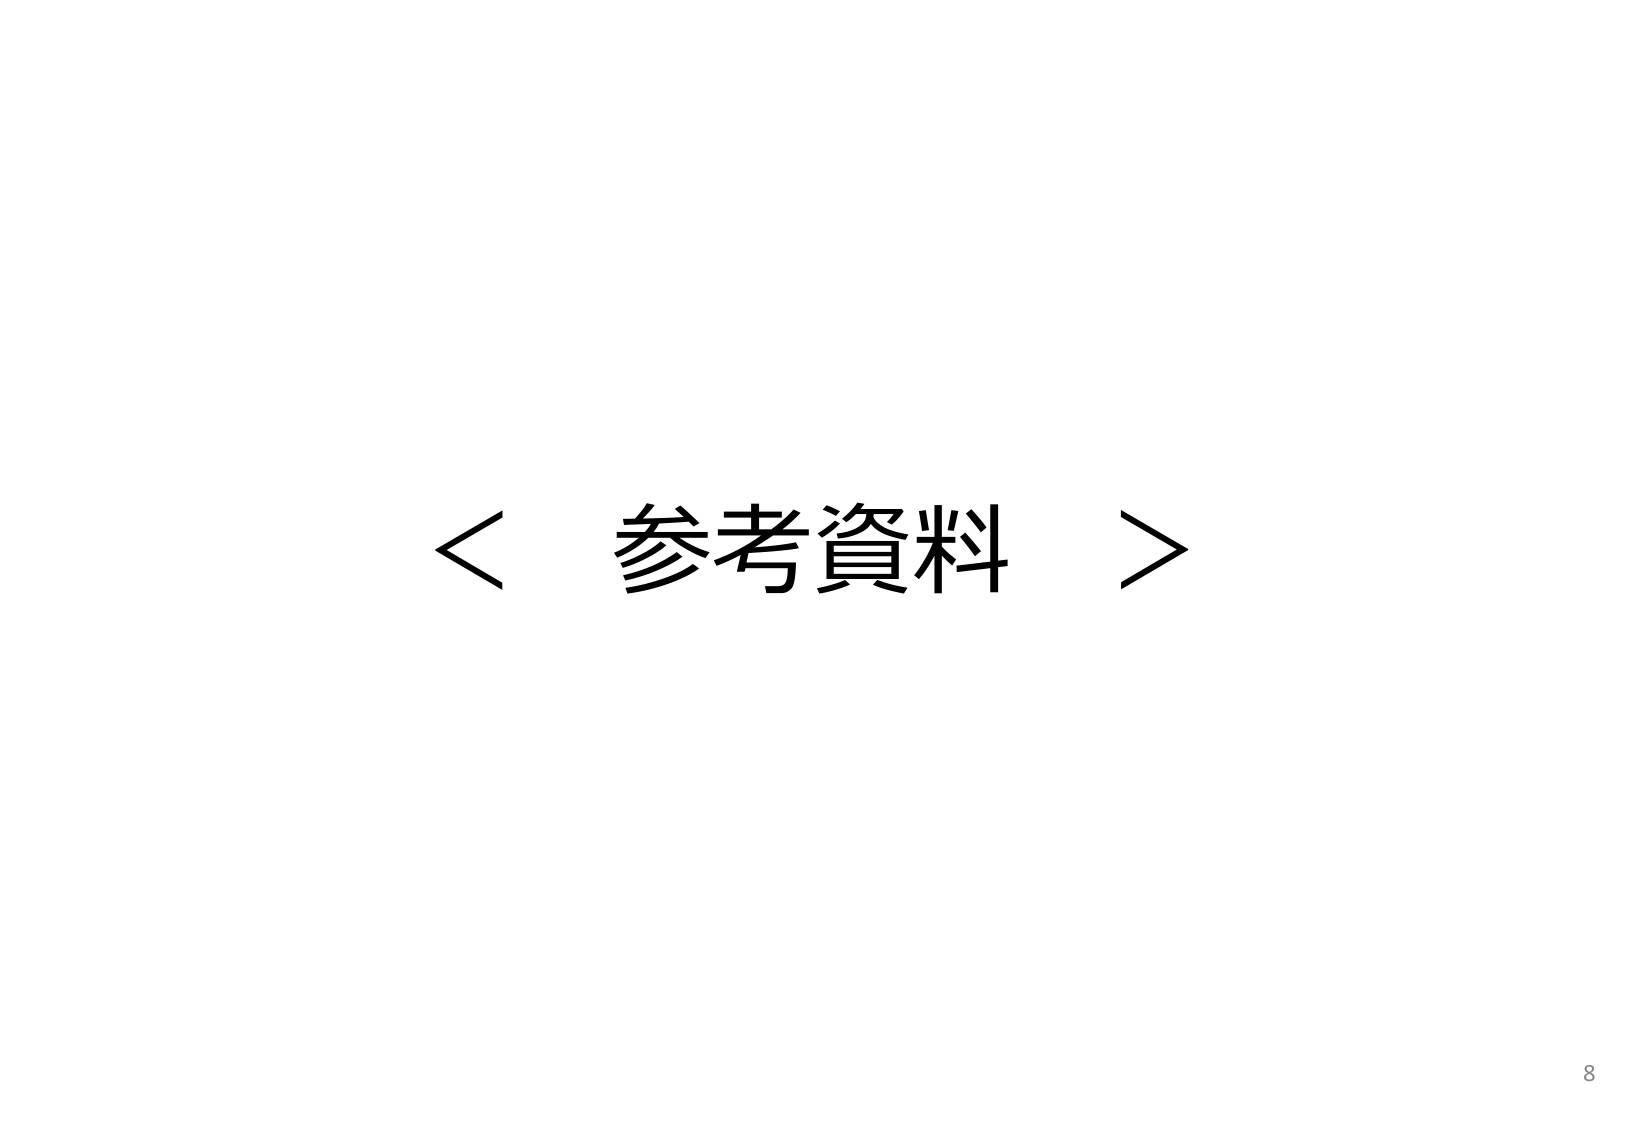
＜ 参考資料 ＞
8